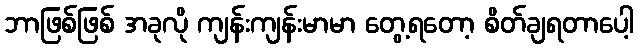
ဘာဖြစ်ဖြစ် အခုလို ကျန်းကျန်းမာမာ တွေ့ရတော့ စိတ်ချရတာပေါ့